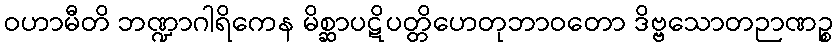
ဝဟာမီတိ ဘဏ္ဍာဂါရိကေန မိစ္ဆာပဋိပတ္တိဟေတုဘာဝတော ဒိဗ္ဗသောတဉာဏဉ္စ